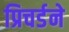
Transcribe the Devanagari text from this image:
प्रिचर्डने